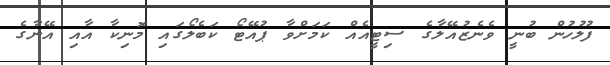
ފުލުހުން ބުނީ ވެނެޒުއޭލާގެ ސިޓީއެއް ކަމަށްވާ ޕުއޭޓޯ ކަބެލޯގައި މޮނިކާ އާއި އޭނާގެ